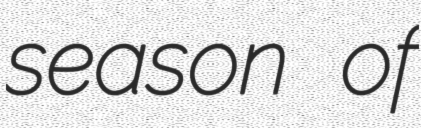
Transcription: season of